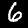
Label: 6